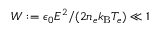
W : = \epsilon _ { 0 } E ^ { 2 } / ( 2 n _ { e } k _ { \mathrm { B } } T _ { e } ) \ll 1